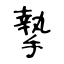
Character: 摯